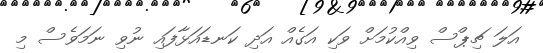
އަލަ ޗިޕްސް ވިއްކުމަށް ވަކި އަގެއް އަދި ކަނޑައަޅާފައި ނުވި ނަމަވެސް މި